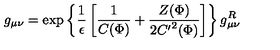
g _ { \mu \nu } = \exp \left\{ \frac { 1 } { \epsilon } \left[ \frac { 1 } { C ( \Phi ) } + \frac { Z ( \Phi ) } { 2 { C ^ { \prime } } ^ { 2 } ( \Phi ) } \right] \right\} g _ { \mu \nu } ^ { R }